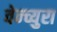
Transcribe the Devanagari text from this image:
वेन्च्युरा